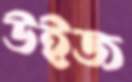
উইজ